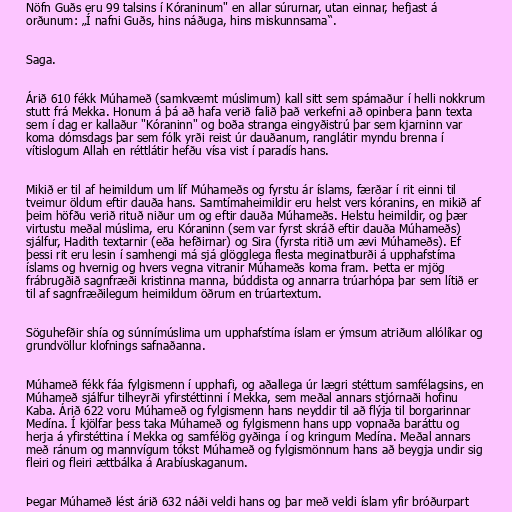
Nöfn Guðs eru 99 talsins í Kóraninum" en allar súrurnar, utan einnar, hefjast á
orðunum: „Í nafni Guðs, hins náðuga, hins miskunnsama“.

Saga.

Árið 610 fékk Múhameð (samkvæmt múslimum) kall sitt sem spámaður í helli nokkrum
stutt frá Mekka. Honum á þá að hafa verið falið það verkefni að opinbera þann texta
sem í dag er kallaður "Kóraninn" og boða stranga eingyðistrú þar sem kjarninn var
koma dómsdags þar sem fólk yrði reist úr dauðanum, ranglátir myndu brenna í
vítislogum Allah en réttlátir hefðu vísa vist í paradís hans.

Mikið er til af heimildum um líf Múhameðs og fyrstu ár íslams, færðar í rit einni til
tveimur öldum eftir dauða hans. Samtímaheimildir eru helst vers kóranins, en mikið af
þeim höfðu verið rituð niður um og eftir dauða Múhameðs. Helstu heimildir, og þær
virtustu meðal múslima, eru Kóraninn (sem var fyrst skráð eftir dauða Múhameðs)
sjálfur, Hadith textarnir (eða hefðirnar) og Sira (fyrsta ritið um ævi Múhameðs). Ef
þessi rit eru lesin í samhengi má sjá glögglega flesta meginatburði á upphafstíma
íslams og hvernig og hvers vegna vitranir Múhameðs koma fram. Þetta er mjög
frábrugðið sagnfræði kristinna manna, búddista og annarra trúarhópa þar sem lítið er
til af sagnfræðilegum heimildum öðrum en trúartextum.

Söguhefðir shía og súnnímúslima um upphafstíma íslam er ýmsum atriðum allólíkar og
grundvöllur klofnings safnaðanna.

Múhameð fékk fáa fylgismenn í upphafi, og aðallega úr lægri stéttum samfélagsins, en
Múhameð sjálfur tilheyrði yfirstéttinni í Mekka, sem meðal annars stjórnaði hofinu
Kaba. Árið 622 voru Múhameð og fylgismenn hans neyddir til að flýja til borgarinnar
Medína. Í kjölfar þess taka Múhameð og fylgismenn hans upp vopnaða baráttu og
herja á yfirstéttina í Mekka og samfélög gyðinga í og kringum Medína. Meðal annars
með ránum og mannvígum tókst Múhameð og fylgismönnum hans að beygja undir sig
fleiri og fleiri ættbálka á Arabíuskaganum.

Þegar Múhameð lést árið 632 náði veldi hans og þar með veldi íslam yfir bróðurpart